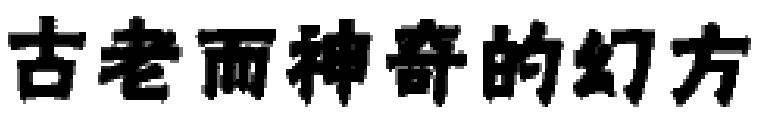
古老而神奇的幻方